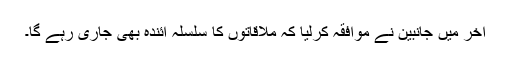
آخر میں جانبین نے موافقہ کرلیا کہ ملاقاتوں کا سلسلہ آئندہ بھی جاری رہے گا۔